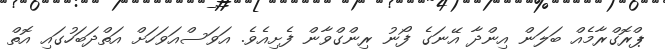
ޕްރޮގްރާމެއް ބަލަން އިންދާ އޭނަގެ ފޯނު ރިންގްވާން ފެށިއެވެ. އަވަސްއަވަހަށް އަތްދަބަހުގައި އޮތް